King Institute of Preventive Medicine Micro-Biological Section reports 1912-19
Year: 1912
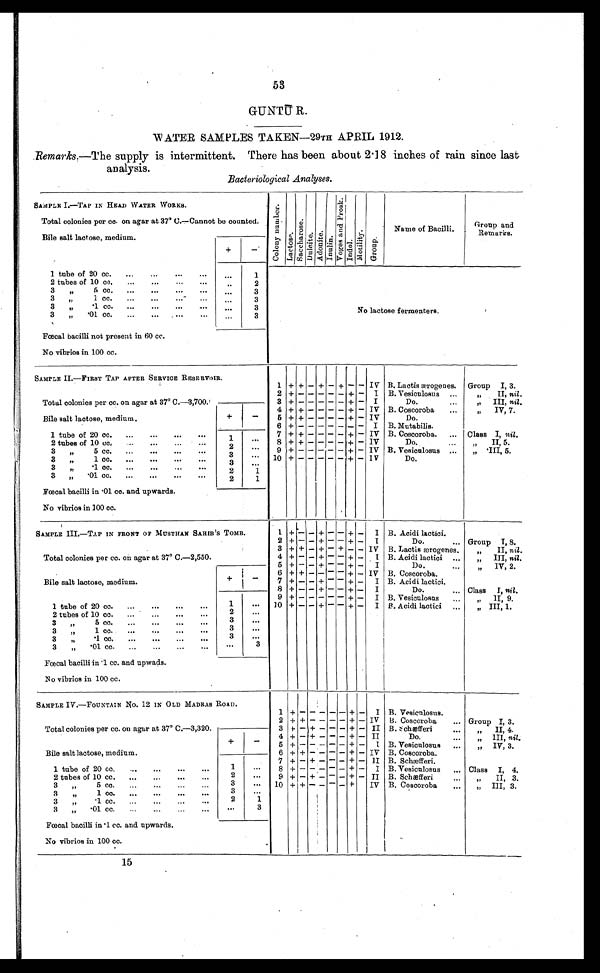
53
GUNTU R.
WATER SAMPLES TAKEN—29TH APRIL 1912.
Remarks.—The supply is intermittent. There has been about 2.18 inches of rain since last
analysis.
Bacteriological Analyses.
SAMPLE I.—TAP IN HEAD WATER WORKS.
Total colonies per co. on agar at 37° C.—Cannot be counted.
C o l o n y n u m b e r .
L a c t o s e .
S a c c h a r o s e
D u l c i t e .
A d o n i t e .
I n u l i n e
.
V o y a g e a n d P r o s k .
I n d o l .
M o t i l i t y .
G r o u p .
Name of Bacilli.
Group and
Remarks.
Bile salt lactose, medium.
+
-
1 tube of 20 cc.
...
...
...
...
1
No lactose fermenters.
2 tubes of 10 cc.
...
...
...
. . .
...
2
3,,
5 cc.
...
...
...
. . .
....
3
3
,, 1 cc.
...
...
...
...
. . .
3
3
,,
.1 cc.
...
...
...
...
. . .
3
3
„
. 0 1
c c .
. . .
. . .
... . . . .
...
3
Fæcal bacilli not present in 60 cc.
No vibrios in 100 cc.
SAMPLE II—TAP
AFTER SERVICE RESERVIOR.
Total colonies per cc. on agar at 37° C.—3,700.
1 + + - + - + - - IV B. Lactis ærogenes.
Group I, 3.
2 + - - - - - - + -
I
B. Vesiculosus ...
,,
II, nil.
3 + - - - - - + -
I
Do ...
,,
III, nil.
Bile salt lactose, medium.
+
—
4 + + - - - - + - IV B. Coscoroba
...
,,
IV, 7.
5 + + - - - - + - IV
Do.
6 + - - - - - - -
I B. Mutabilis.
1 tube of 20 cc.
...
...
...
1
...
7 + + - - - - + - IV B. Coscoroba.
...
Class I, nil.
2 tubes of 10 cc. ...
...
...
...
2
. . .
8 + + - - - - + - IV
Do.
...
,,
II, 5 5.
5 cc.
...
...
...
3
ft
...
2
...
9 + - - - - - +
- IV B. Vesiculosus ...
„
.III, 5.
3
ft
1 cc.
...
...
...
...
3
. . .
10 + - - - - - + - I V
Do.
3
, , .1 cc.
...
...
...
2
. . .
3
„
.01 cc. ... ...
2
1
Fæcal bacilli in .01 cc. and upwards.
No vibrios in 100 cc.
SAMPLE III.—TAP IN FRONT OF MUSTHAN SAHIB’S TOMB.
Total colonies per cc. on agar at 37° C.—2,550.
1 +
- - + -
- +
-
I B. Acidi lactici.
2 + - - + - - + - I
Do.
... Group T, 8.
3 + + - + - + - - IV B. Lactis erogenes.
„
II, nil.
4 + - - + - - + - I B. Acidi lactici ...
III, nil.
5
+ - - - - - +
- I
Do.
„
IV, 2.
Bile salt lactose, medium.
+
—
6 + + - - - - + - IV
...
B, Coscoroba.
,,,
7 + - - + - - + - I B. Acidi lactici.
8 + - - + - - + - I
Do.
Class
I, nil.
9 + - - - - - + - I
...
B. Vesiculosas
II, 9.
1 tube of 20 cc.
...
...
...
...
1
. . .
10 + - - +
- - + - I
...
B. Acidi lactici
...
„
HI, 1.
2 tubes of 10 cc.
...
...
...
...
2
. . .
3
3
. . .
, ,
3
3
. . .
f f
3
.1 cc.
3
. . .
„
...
...
...
...
3
„
.01 cc.
...
...
...
...
...
3
Fæcal bacilli in .1cc. and upwads.
No vibrios in 100 cc.
SAMPLE IV.—FOUNTAIN NO. 12 IN OLD MADRAS ROAD.
Total colonies per cc. on agar at 37° C.—3,320.
1 +
- - -
- - +
- I B. Vesiculosus.
2 + + - - - - + - IV B. Coscoroba
Group I, 3.
3
+ - + - - - + - II
...
B. schæfferi
II, 4.
Bile salt lactose, medium.
+
—
4 +
- + -
- - + - II
Do.
III, nil.
5 + - - - - - + - I B. Vesiculosus
...
IV, 3.
6 + + - - - - + - IV B. Coscoroba.
„
7 + - + - - - + - I I B. Schæfferi.
1 tube of 20 cc.
...
...
...
...
1
. . .
8 + - - - - - + - I B. Vesiculosus...
Class
I, 4.
2 tubes of 10 cc.
...
...
...
...
2
. . .
9 + - + - - - + - II B. Scheefferi
..
II, 3.
3
, ,
3
. . .
10 + + - - - - +
IV B. Coscoroba
„
III, 3.
3
3
. . .
71
3
,,
.1 cc.
...
...
...
2
1
3
„
.01 cc.
...
...
...
...
. . .
3
Fæcal bacilli in .1cc. and upwards.
No vibrios in 100 cc.